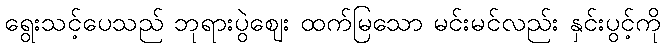
ရွေးသင့်ပေသည် ဘုရားပွဲဈေး ထက်မြသော မင်းမင်လည်း နှင်းပွင့်ကို